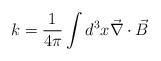
LaTeX: \begin{align*}k=\frac{1}{4\pi} \int d^{3}x \vec{\nabla}\cdot \vec{B}\end{align*}